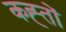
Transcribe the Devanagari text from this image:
कह्तों